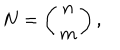
LaTeX: N = \left( \begin{array} { c c } { { n } } \\ { { m } } \\ \end{array} \right) ,